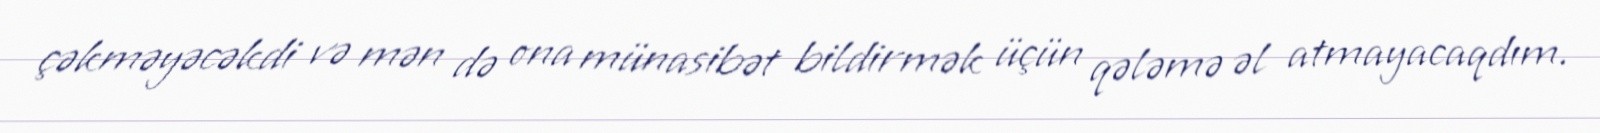
çəkməyəcəkdi və mən də ona münasibət bildirmək üçün qələmə əl atmayacaqdım.